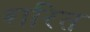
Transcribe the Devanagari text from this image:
शरित